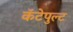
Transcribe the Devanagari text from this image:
कॅटेपुल्ट